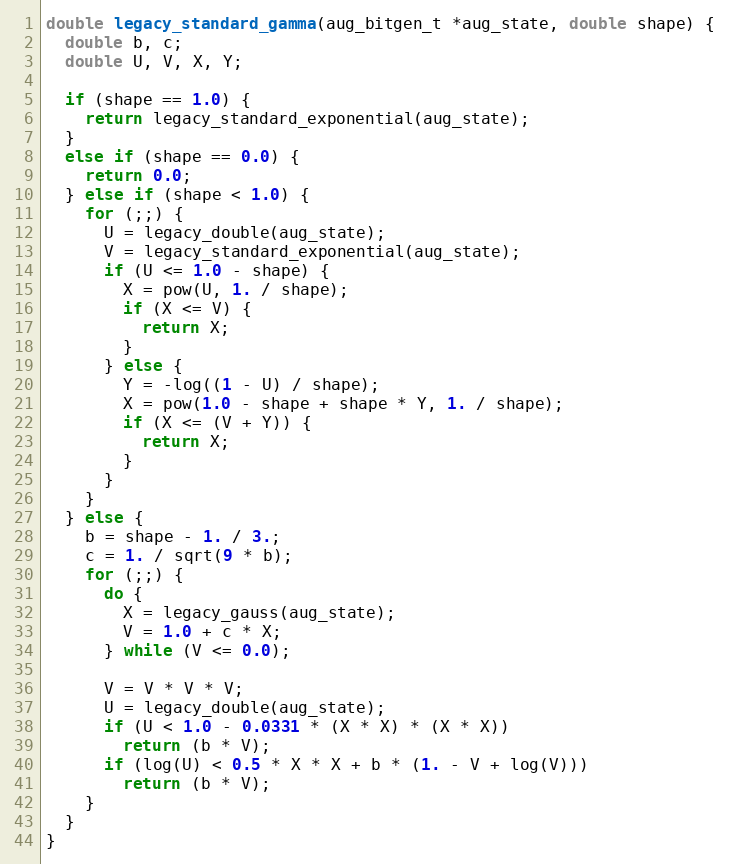
Language: C
double legacy_standard_gamma(aug_bitgen_t *aug_state, double shape) {
  double b, c;
  double U, V, X, Y;

  if (shape == 1.0) {
    return legacy_standard_exponential(aug_state);
  }
  else if (shape == 0.0) {
    return 0.0;
  } else if (shape < 1.0) {
    for (;;) {
      U = legacy_double(aug_state);
      V = legacy_standard_exponential(aug_state);
      if (U <= 1.0 - shape) {
        X = pow(U, 1. / shape);
        if (X <= V) {
          return X;
        }
      } else {
        Y = -log((1 - U) / shape);
        X = pow(1.0 - shape + shape * Y, 1. / shape);
        if (X <= (V + Y)) {
          return X;
        }
      }
    }
  } else {
    b = shape - 1. / 3.;
    c = 1. / sqrt(9 * b);
    for (;;) {
      do {
        X = legacy_gauss(aug_state);
        V = 1.0 + c * X;
      } while (V <= 0.0);

      V = V * V * V;
      U = legacy_double(aug_state);
      if (U < 1.0 - 0.0331 * (X * X) * (X * X))
        return (b * V);
      if (log(U) < 0.5 * X * X + b * (1. - V + log(V)))
        return (b * V);
    }
  }
}